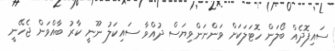
ސައިފޮދެއް ބޯލަން ހޮޓަލަކަށް ވަންނަންވިޔަސް ދުއްވާ ސައިކަލު ނޫނީ ކާރު ބާއްވަން ޖެހޭނީ